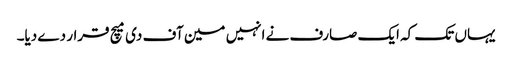
یہاں تک کہ ایک صارف نے انہیں مین آف دی میچ قرار دے دیا۔